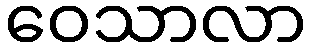
ဝေသာလာ